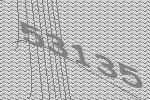
53135